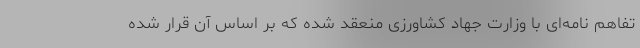
تفاهم نامه‌ای با وزارت جهاد کشاورزی منعقد شده که بر اساس آن قرار شده